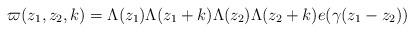
LaTeX: \begin{align*}\varpi(z_1,z_2,k)=\Lambda(z_1)\Lambda(z_1+k)\Lambda(z_2)\Lambda(z_2+k)e(\gamma (z_1-z_2))\end{align*}